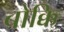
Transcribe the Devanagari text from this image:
बोक्कि